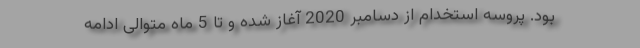
بود. پروسه استخدام از دسامبر 2020 آغاز شده و تا 5 ماه متوالی ادامه